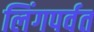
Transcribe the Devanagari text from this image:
लिंगपर्वत